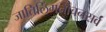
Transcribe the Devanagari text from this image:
जातिलिंगनांचनसर्वं